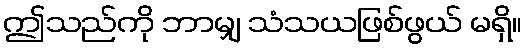
ဤသည်ကို ဘာမျှ သံသယဖြစ်ဖွယ် မရှိ။